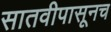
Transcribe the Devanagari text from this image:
सातवीपासूनच